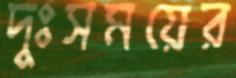
দুঃসময়ের